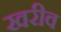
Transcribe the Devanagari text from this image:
खरीव